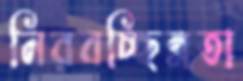
নিরবচ্ছিন্নতা